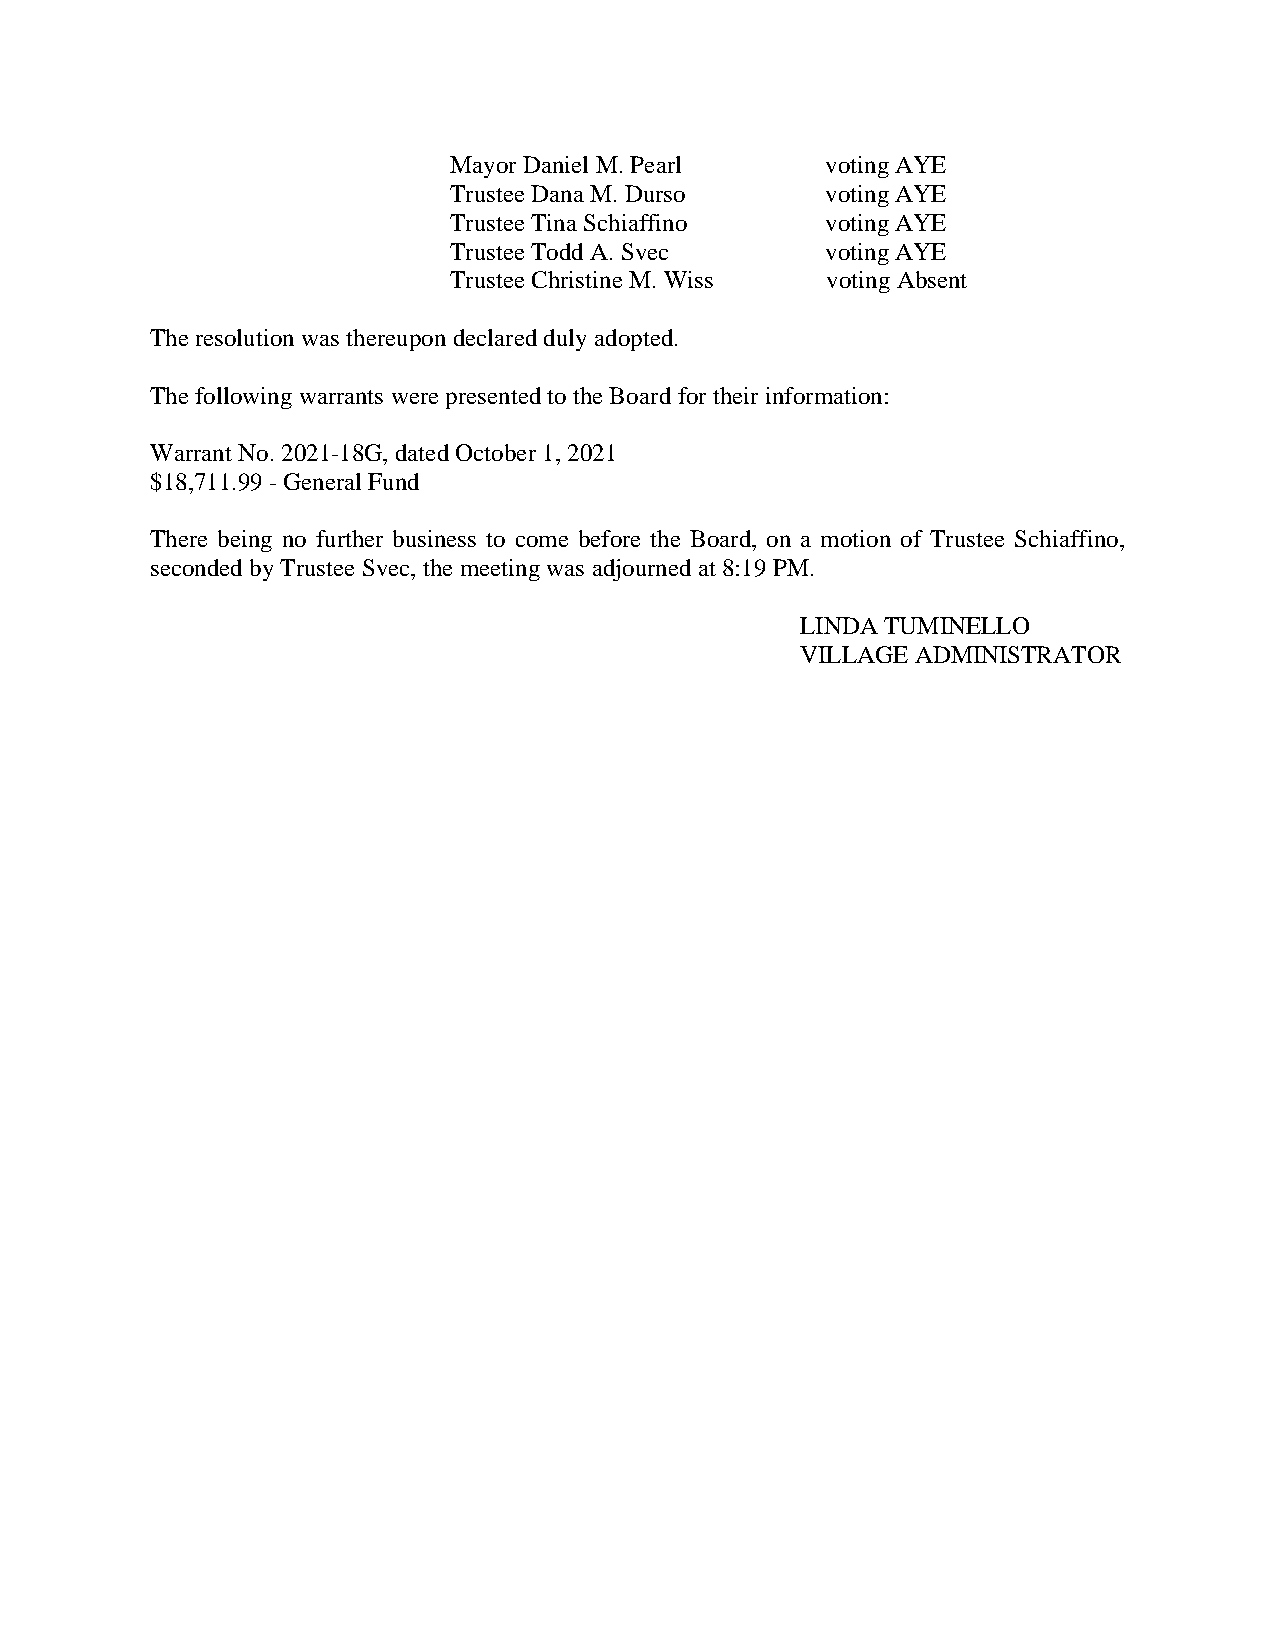
Mayor Daniel M. Pearl    voting AYE
 Trustee Dana M. Durso    voting AYE
 Trustee Tina Schiaffino  voting AYE
 Trustee Todd A. Svec     voting AYE
 Trustee Christine M. Wiss voting Absent
 The resolution was thereupon declared duly adopted.
 The following warrants were presented to the Board for their information:
 Warrant No. 2021-18G, dated October 1, 2021
 $18,711.99 - General Fund
 There being no further business to come before the Board, on a motion of Trustee Schiaffino,
 seconded by Trustee Svec, the meeting was adjourned at 8:19 PM.
 LINDA TUMINELLO
 VILLAGE ADMINISTRATOR